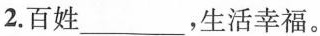
2.百姓___，生活幸福。